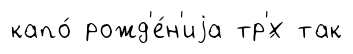
капо́ рожд'е́н'иjа тр'́х так